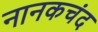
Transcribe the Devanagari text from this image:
नानकचंद